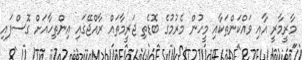
މާރީމާރީ އާއި ވައްކަންތަކާއި މީހުން މެރުމުގެ ބޮޑެތި ޖަރީމާތައް ރާއްޖޭގައި އިންތިހާއަށް ގޮސްފައި